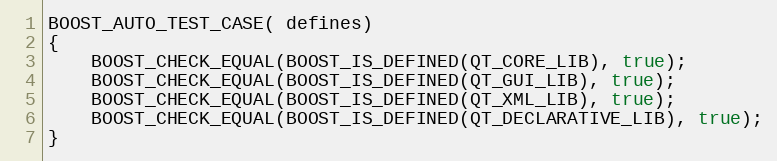
Language: C++
BOOST_AUTO_TEST_CASE( defines)
{
    BOOST_CHECK_EQUAL(BOOST_IS_DEFINED(QT_CORE_LIB), true);
    BOOST_CHECK_EQUAL(BOOST_IS_DEFINED(QT_GUI_LIB), true);
    BOOST_CHECK_EQUAL(BOOST_IS_DEFINED(QT_XML_LIB), true);
    BOOST_CHECK_EQUAL(BOOST_IS_DEFINED(QT_DECLARATIVE_LIB), true);
}